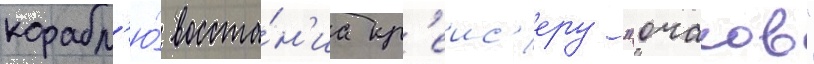
корабл'ю́ восста́н'иа кр'еис'еру "очаков"